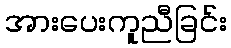
အားပေးကူညီခြင်း